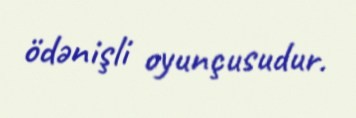
ödənişli oyunçusudur.